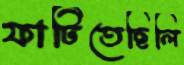
ফাটিতেছিলি